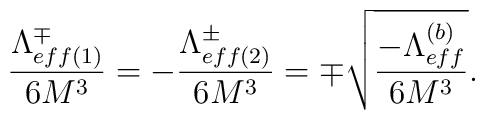
\frac{\Lambda_{eff(1)}^{\mp}}{6M^3}=-\frac{\Lambda_{eff(2)}^{\pm}}{6M^3}=\mp \sqrt{\frac{-\Lambda_{eff}^{(b)}}{6M^3}}.